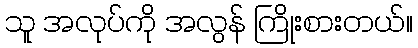
သူ အလုပ်ကို အလွန် ကြိုးစားတယ်။